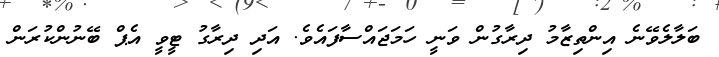
ބަލާލެވޭނެ އިންތިޒާމު ދިރާގުން ވަނީ ހަމަޖައްސާފައެވެ. އަދި ދިރާގު ޓީވީ އެޕް ބޭނުންކުރަން